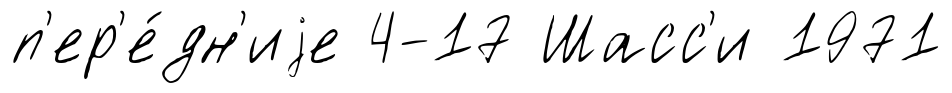
п'ер'е́дн'иjе 4-17 Шасс'и 1971